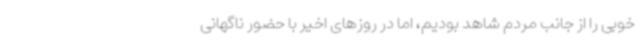
خوبی را از جانب مردم شاهد بودیم، اما در روزهای اخیر با حضور ناگهانی